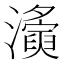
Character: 𤃚